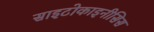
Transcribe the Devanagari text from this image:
साइटोकाइनीसिस